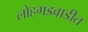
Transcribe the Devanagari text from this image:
लोहगडवाडीत